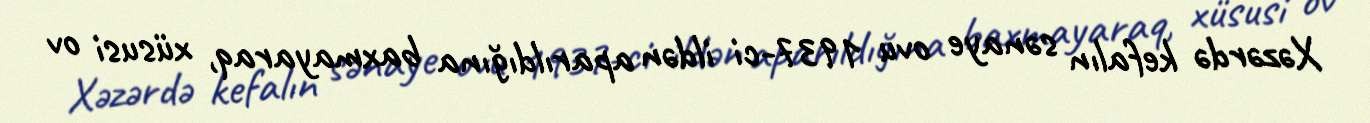
Xəzərdə kefalın sənaye ovu 1937-ci ildən aparıldığına baxmayaraq, xüsusi ov